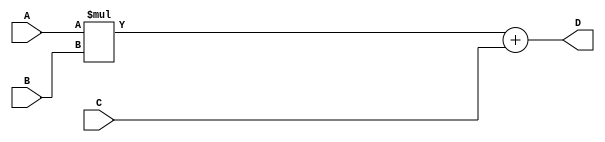
module FMA_unit (
    input wire [31:0] A,
    input wire [31:0] B,
    input wire [31:0] C,
    output reg [31:0] D
);

reg [31:0] multiply_result;
reg [31:0] final_result;

// Multiplication block
always @* begin
    multiply_result = A * B;
end

// Addition block
always @* begin
    final_result = multiply_result + C;
end

assign D = final_result;

endmodule